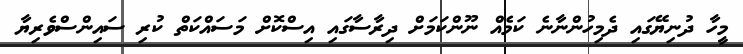
މީހާ ދުނިޔޭގައި ދެމިހުންނާނެ ކަމެއް ނޫންކަމަށް ދިރާސާގައި އިސްކޮށް މަސައްކަތް ކުރި ސައިންސްވެރިޔާ